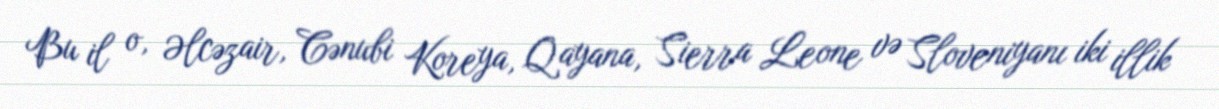
Bu il o, Əlcəzair, Cənubi Koreya, Qayana, Sierra Leone və Sloveniyanı iki illik